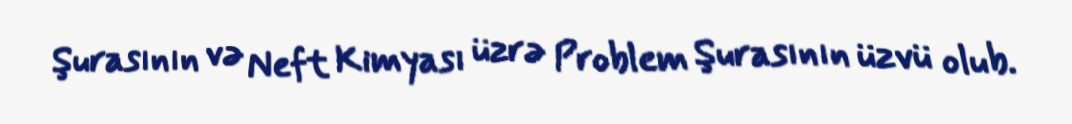
Şurasının və Neft Kimyası üzrə Problem Şurasının üzvü olub.